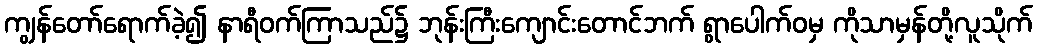
ကျွန်တော်ရောက်ခဲ့၍ နာရီဝက်ကြာသည်၌ ဘုန်းကြီးကျောင်းတောင်ဘက် ရွာပေါက်ဝမှ ကိုသာမှန်တို့လူသိုက်